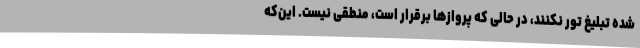
شده تبلیغ تور نکنند، در حالی که پروازها برقرار است، منطقی نیست. این‌که